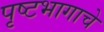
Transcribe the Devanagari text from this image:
पृष्टभागाचे